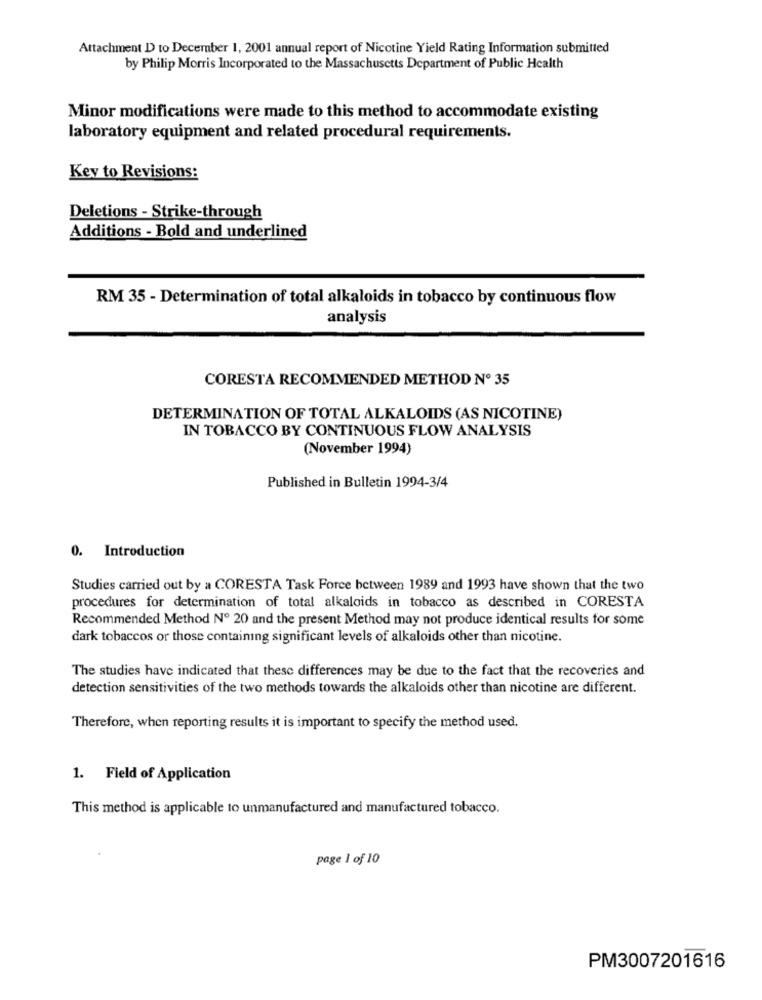
Attachment D to December 1, 2001 annual report of Nicotine Yield Rating Information submitted
by Philip Morris Incorporated to the Massachusetts Department of Public Health
Minor modifications were made to this method to accommodate existing
laboratory equipment and related procedural requirements.
Kev to Revisions:
Deletions - Strike-through
Additions - Bold and underlined
RM 35 - Determination of total alkaloids in tobacco by continuous flow
analysis
CORESTA RECOMMENDED METHOD Nº 35
DETERMINATION OF TOTAL ALKALOIDS (AS NICOTINE)
IN TOBACCO BY CONTINUOUS FLOW ANALYSIS
(November 1994)
Published in Bulletin 1994-3/4
0. Introduction
Studies carried out by a CORESTA Task Force between 1989 and 1993 have shown that the two
procedures for determination of total alkaloids in tobacco as described in CORESTA
Recommended Method Nº 20 and the present Method may not produce identical results for some
dark tobaccos or those containing significant levels of alkaloids other than nicotine.
The studies have indicated that these differences may be due to the fact that the recoveries and
detection sensitivities of the two methods towards the alkaloids other than nicotine are different.
Therefore, when reporting results it is important to specify the method used.
1. Field of Application
This method is applicable to unmanufactured and manufactured tobacco.
page 1 of 10
PM3007201616